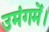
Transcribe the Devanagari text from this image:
उमंगमें।